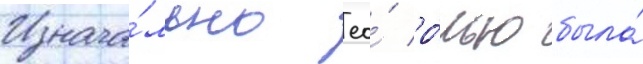
Изнача́льно ео́ ро́лью была́